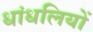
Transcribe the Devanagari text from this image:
धांधलियों